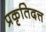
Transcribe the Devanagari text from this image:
प्रकृतिदत्त